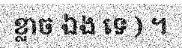
ខ្លាច ឯង ទេ ) ។